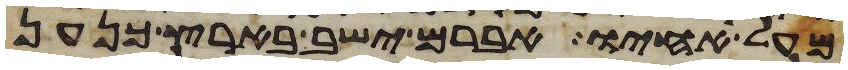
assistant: מעל אחיו אברם ישב בארץ כנען